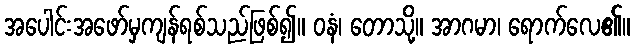
အပေါင်းအဖော်မှကျန်ရစ်သည်ဖြစ်၍။ ဝနံ၊ တောသို့။ အာဂမာ၊ ရောက်လေ၏။